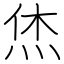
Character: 烋